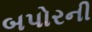
બપોરની